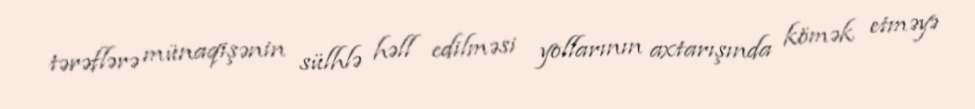
tərəflərə münaqişənin sülhlə həll edilməsi yollarının axtarışında kömək etməyə